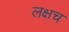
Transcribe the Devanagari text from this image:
लक्षच